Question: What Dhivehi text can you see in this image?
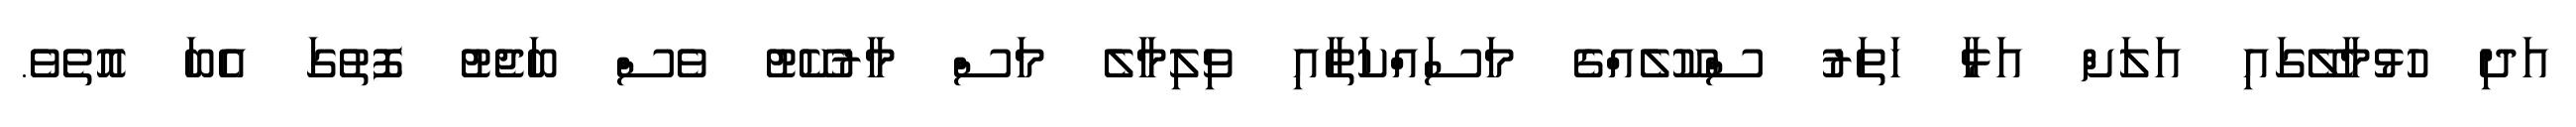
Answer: އަދި ހުޅުމާލޭގައި އަލަށް އަޅާ ހަތަރު ސްކޫލެއްގެ މަސައްކަތާއި ވިލިމާލެ މަސް މާރުކޭޓު ވެސް ބަޖެޓު ފޮތުގަ އެބަ އޮތެވެ.